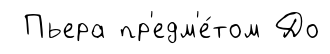
Пьера пр'едм'е́том До